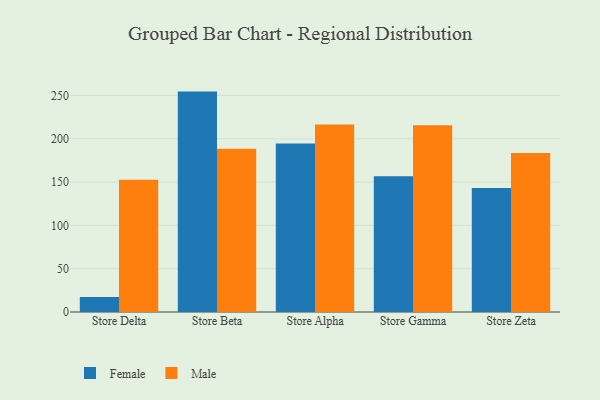
{"axis": {"x": "Store", "y": "Satisfaction Score"}, "legend": ["Female", "Male"], "data": [{"x": "Store Delta", "y": 17.2, "type": "Female"}, {"x": "Store Delta", "y": 152.7, "type": "Male"}, {"x": "Store Beta", "y": 254.4, "type": "Female"}, {"x": "Store Beta", "y": 188.5, "type": "Male"}, {"x": "Store Alpha", "y": 194.4, "type": "Female"}, {"x": "Store Alpha", "y": 216.4, "type": "Male"}, {"x": "Store Gamma", "y": 156.7, "type": "Female"}, {"x": "Store Gamma", "y": 215.5, "type": "Male"}, {"x": "Store Zeta", "y": 143.0, "type": "Female"}, {"x": "Store Zeta", "y": 183.4, "type": "Male"}]}